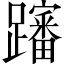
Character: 𲄎